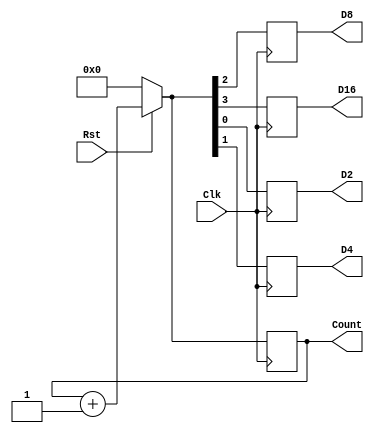
`timescale 1ns / 1ps
//////////////////////////////////////////////////////////////////////////////////
// Company: 
// Engineer: 
// 
// Design Name: 
// Module Name: Clock_divider
// Project Name: 
// Target Devices: 
// Tool Versions: 
// Description: 
// 
// Dependencies: 
// 
// Revision:
// Revision 0.01 - File Created
// Additional Comments:
// 
//////////////////////////////////////////////////////////////////////////////////

module Clock_Divider(
    input Clk,
    input Rst,
    output reg [3:0] Count,
    output reg D2,D4,D8,D16
    );
    always@(posedge Clk)
    begin 
    if (Rst==0)
    Count=4'b0000;
    else
    Count=Count+1;
    D2=Count[0];
    D4=Count[1];
    D8=Count[2];
    D16=Count[3];
    end
    
endmodule

module testbench;
reg Clk,Rst;
wire [3:0] Count;
wire D2,D4,D8,D16;

Clock_Divider dut(Clk,Rst,Count,D2,D4,D8,D16);
initial
begin
$monitor("Clk=%b Rst=%b Count=%b D2=%b D4=%b D8=%b D16=%b",Clk,Rst,Count,D2,D4,D8,D16);
end
 always
  begin
  #50   Clk = ~Clk;
  end
initial 
begin
      #100 Rst = 1;
      #100 Rst = 0;
       
      
      $finish;
    end
endmodule